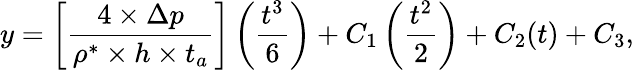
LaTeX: y=\left[\frac{4\times\Delta p}{\rho^{*}\times h\times t_{a}}\right]\left(\frac{t^{3}}{6}\right)+C_{1}\left(\frac{t^{2}}{2}\right)+C_{2}(t)+C_{3},